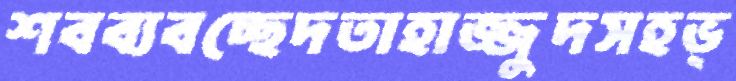
শবব্যবচ্ছেদতাহাজ্জুদসহভ্